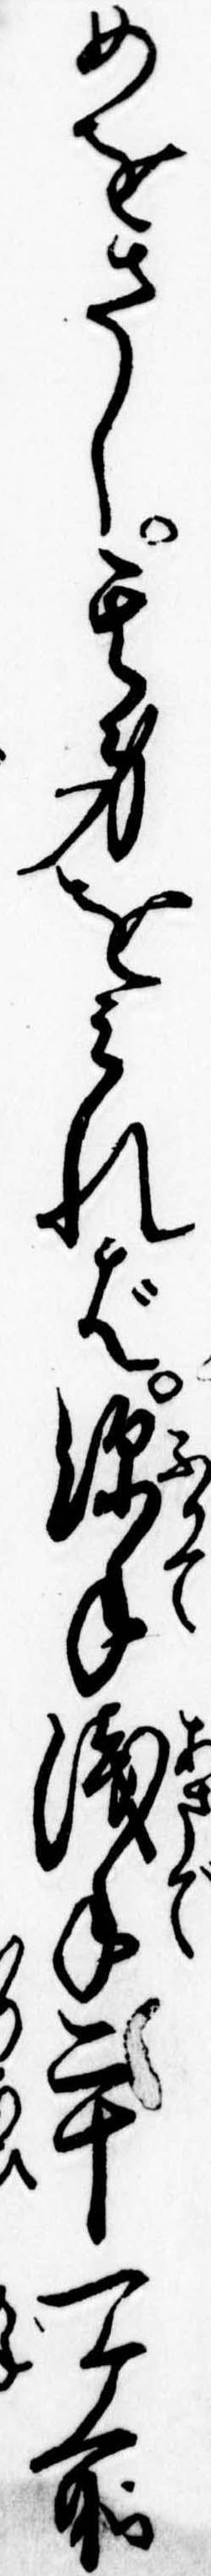
めをさし其身をみれば深手浅手二十一ヶ所